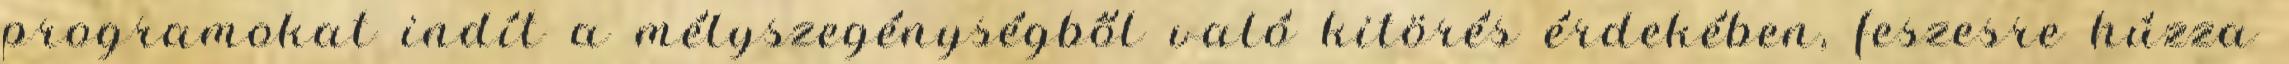
programokat indít a mélyszegénységből való kitörés érdekében, feszesre húzza